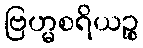
ဗြဟ္မစရိယဉ္စ